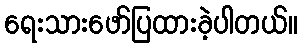
ရေးသားဖော်ပြထားခဲ့ပါတယ်။